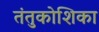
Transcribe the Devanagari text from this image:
तंतुकोशिका